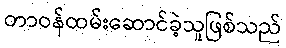
တာဝန်ထမ်းဆောင်ခဲ့သူဖြစ်သည်